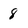
Character: 8